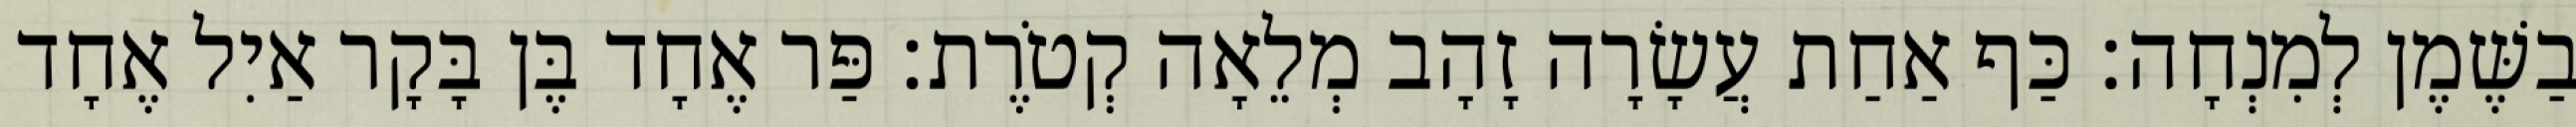
בַשֶּׁמֶן לְמִנְחָה׃ כַּף אַחַת עֲשָׂרָה זָהָב מְלֵאָה קְטֹרֶת׃ פַּר אֶחָד בֶּן בָּקָר אַיִל אֶחָד